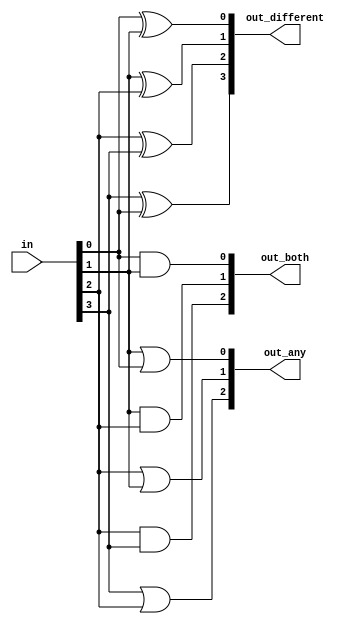
module top_module( 
    input [3:0] in,
    output [2:0] out_both,
    output [3:1] out_any,
    output [3:0] out_different );
    
    integer i;
    always @(*) begin
        for(i = 0;  i < 3; i++) 
            out_both[i] <= in[i] && in[i + 1]; 
        for(i = 1; i < 4; i++)
            out_any[i] <= in[i] || in[i - 1];
        for(i = 0; i < 4; i ++) begin
            if ( i == 3)
                out_different[i] <= in[i] ^ in[0];
            else    
            	out_different[i] <= in[i] ^ in[i + 1];
        end    
    end

endmodule